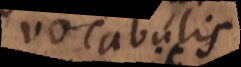
vocabulis